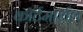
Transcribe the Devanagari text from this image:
काॅर्टमार्शल